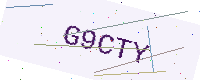
Text: G9CTY